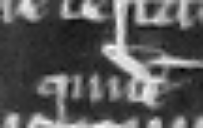
quidam